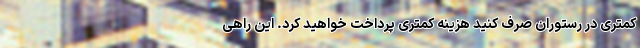
کمتری در رستوران صرف کنید هزینه کمتری پرداخت خواهید کرد. این راهی